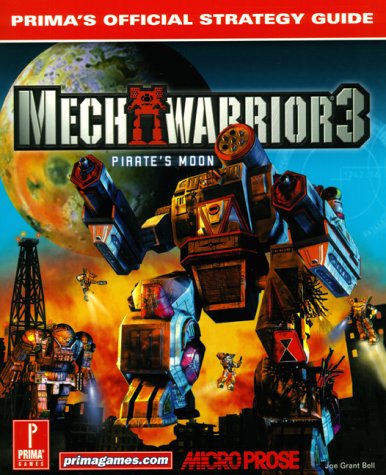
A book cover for Mechwarrior 3 Pirate's Moon: Prima's Official Strategy Guide; Joe Grant Bell; Science Fiction & Fantasy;